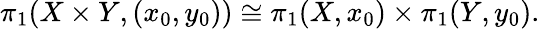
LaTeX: \pi_{1}(X\times Y,(x_{0},y_{0}))\cong\pi_{1}(X,x_{0})\times\pi_{1}(Y,y_{0}).